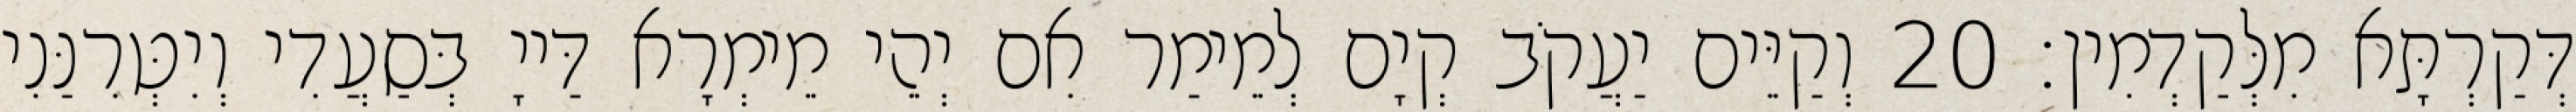
דְּקַרְתָּא מִלְּקַדְמִין׃ 20 וְקַיֵּים יַעֲקֹב קְיָם לְמֵימַר אִם יְהֵי מֵימְרָא דַּייָ בְּסַעֲדִי וְיִטְּרִנַּנִי